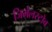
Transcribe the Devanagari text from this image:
जिमेलस्टोब